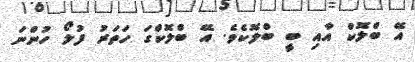
އޭ ބްލޮކް އާއި ބީ ބްލޮކެވެ. އޭ ބްލޮކްގަ ހަތަރު ފުލޯ ހުންނަ